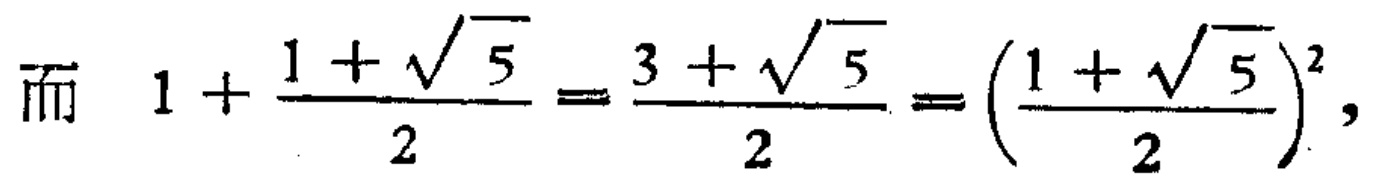
而 \(1+\frac{1 + \sqrt{5}}{2}=\frac{3+\sqrt{5}}{2}=(\frac{1+\sqrt{5}}{2})^2,\)